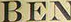
BEN